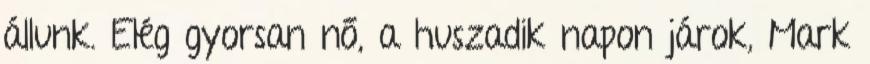
állunk. Elég gyorsan nő, a huszadik napon járok, Mark